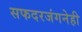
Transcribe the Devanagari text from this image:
सफदरजंगनेही